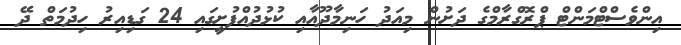
އިންވެސްޓްމަންޓް ޕްރޮގްރާމްގެ ދަށުން މިއަދު ހަނިމާދޫއާއި ކުޅުދުއްފުށީގައި 24 ގަޑިއިރު ހިދުމަތް ދޭ